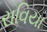
રાવિયા